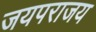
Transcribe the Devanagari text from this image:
जयपराजय